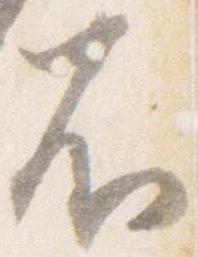
不